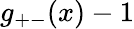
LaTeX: g_{+-}(x)-1